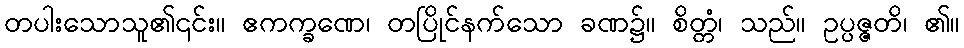
တပါးသောသူ၏၎င်း။ ဧကက္ခဏေ၊ တပြိုင်နက်သော ခဏ၌။ စိတ္တံ၊ သည်။ ဥပ္ပဇ္ဇတိ၊ ၏။